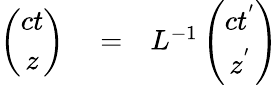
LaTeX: \begin{array}{rlr}{\left(\begin{array}{cc}{ct}\\ {z}\end{array}\right)}&{{}=}&{L^{-1}\left(\begin{array}{cc}{ct^{'}}\\ {z^{'}}\end{array}\right)}\end{array}